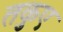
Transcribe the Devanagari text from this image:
तकुए